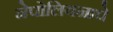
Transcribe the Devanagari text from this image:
नेपोलियनाचे